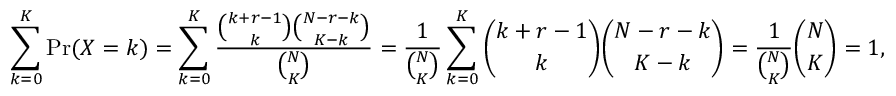
\sum _ { k = 0 } ^ { K } \operatorname* { P r } ( X = k ) = \sum _ { k = 0 } ^ { K } { \frac { { \binom { k + r - 1 } { k } } { \binom { N - r - k } { K - k } } } { \binom { N } { K } } } = { \frac { 1 } { \binom { N } { K } } } \sum _ { k = 0 } ^ { K } { \binom { k + r - 1 } { k } } { \binom { N - r - k } { K - k } } = { \frac { 1 } { \binom { N } { K } } } { \binom { N } { K } } = 1 ,